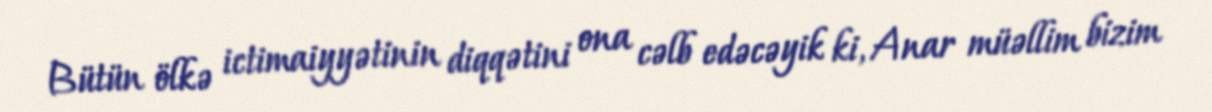
Bütün ölkə ictimaiyyətinin diqqətini ona cəlb edəcəyik ki, Anar müəllim bizim